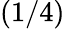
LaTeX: (1/4)